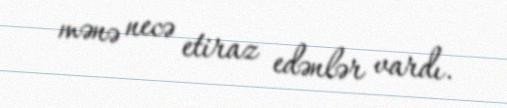
mənə necə etiraz edənlər vardı.